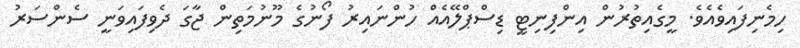
ހިމެނިފައިވެއެވެ. މީގެއިތުރުން އިންފިނިޓީ ޑިސްޕްލޭއެއް ހުންނައިރު ފޯނުގެ މޫނުމަތިން ޖާގަ ދެވިފައިވަނީ ސެންސަރު